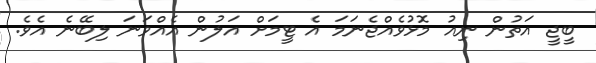
ބީޖީ އަތުން ނިއު މޮޅުވެއްޖެނަމަ އެ ޓީމަށް އަލުން އެއްވަނަ ލިބޭނެ އެވެ.